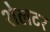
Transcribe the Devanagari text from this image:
शेलटर